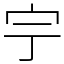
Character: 𡧃